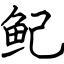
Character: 鱾